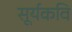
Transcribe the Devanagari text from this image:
सूर्यकवि